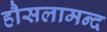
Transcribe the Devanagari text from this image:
हौसलामन्द